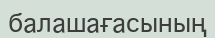
балашағасының